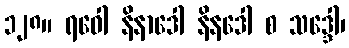
၁၂၈။ ရဝေါ နိနာဒေါ နိနဒေါ စ သဒ္ဒေါ၊